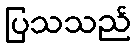
ပြသသည်